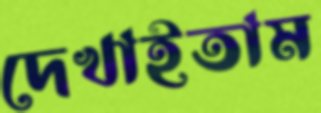
দেখাইতাম